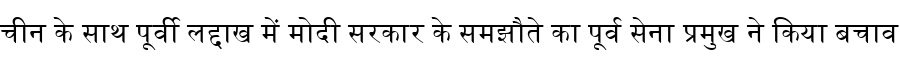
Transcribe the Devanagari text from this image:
चीन के साथ पूर्वी लद्दाख में मोदी सरकार के समझौते का पूर्व सेना प्रमुख ने किया बचाव